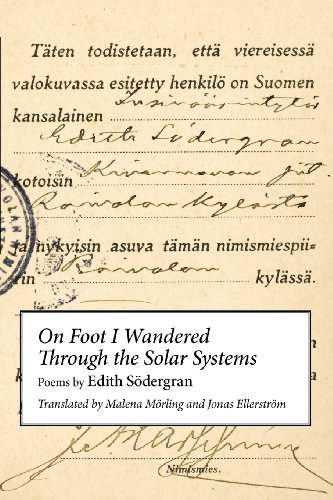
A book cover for On Foot I Wandered Through the Solar Systems; Edith Sodergran; Science & Math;